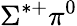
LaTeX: \Sigma^{*+}\pi^{0}